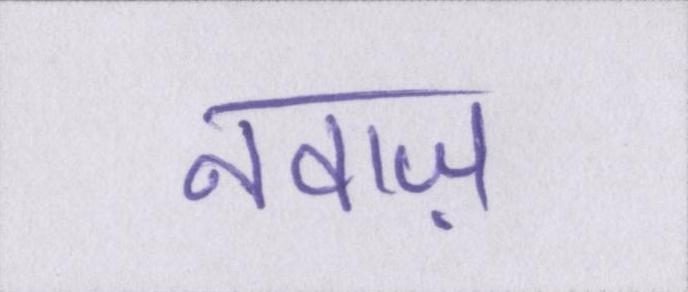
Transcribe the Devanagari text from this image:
नवाज़